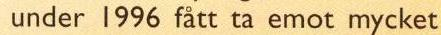
under 1996 fatt ta emot mycket